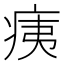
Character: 痍